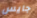
جايس